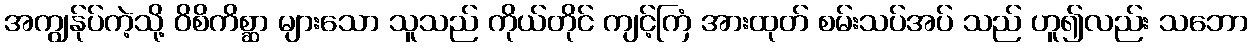
အကျွန်ုပ်ကဲ့သို့ ဝိစိကိစ္ဆာ များသော သူသည် ကိုယ်တိုင် ကျင့်ကြံ အားထုတ် စမ်းသပ်အပ် သည် ဟူ၍လည်း သဘော